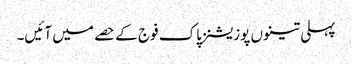
پہلی تینوں پوزیشنز پاک فوج کے حصے میں آئیں۔